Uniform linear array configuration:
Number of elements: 48
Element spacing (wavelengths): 0.75
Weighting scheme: blackman
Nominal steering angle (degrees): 30
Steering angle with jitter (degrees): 28.735
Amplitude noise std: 0.05
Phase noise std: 0.05

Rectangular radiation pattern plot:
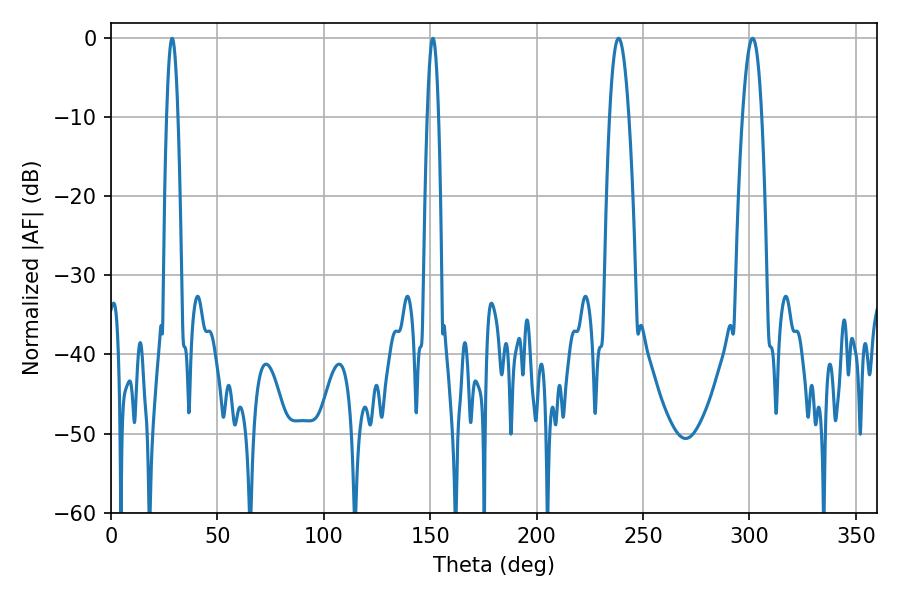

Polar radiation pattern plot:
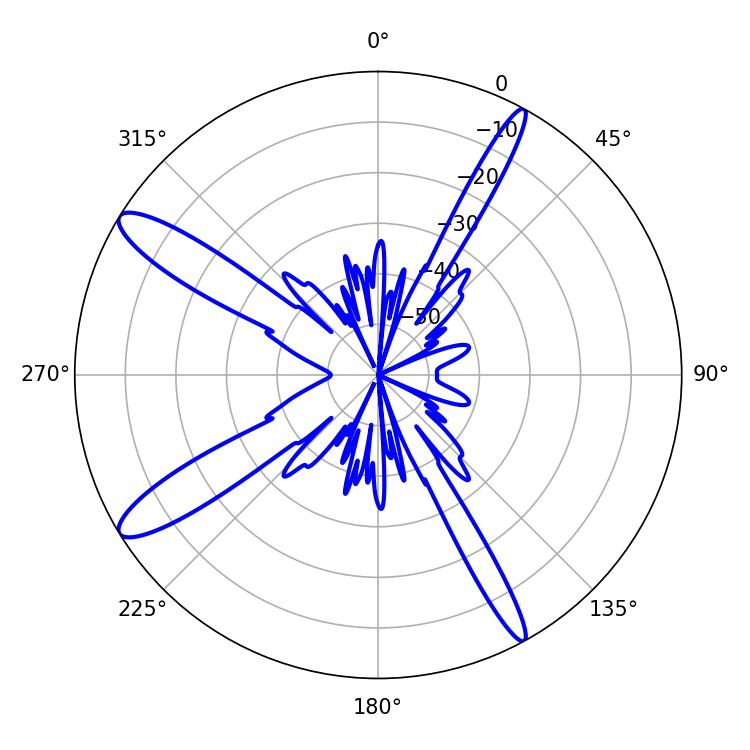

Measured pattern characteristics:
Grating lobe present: TRUE
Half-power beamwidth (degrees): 4.86
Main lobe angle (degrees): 238.5